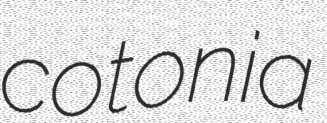
cotonia